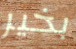
بخير